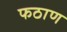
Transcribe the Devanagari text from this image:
फठाण